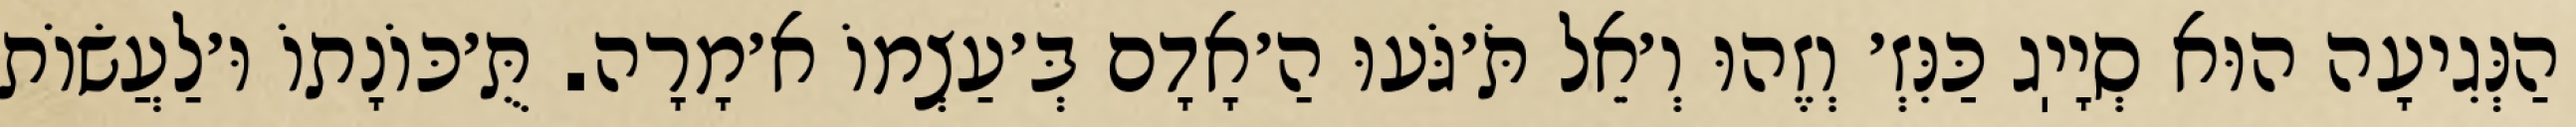
הַנְּגִיעָה הוּא סְיָיֽג כַּנִּזְ׳ וְזֶהוּ וְ׳אֵל תֹּ׳גֹּעוּ הַ׳אָדָם בְּ׳עַצְמוֹ א׳מָרָה. תֻּ׳כּוֹנָתוֹ וּ׳לַעֲשׂוֹת